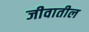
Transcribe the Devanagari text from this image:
जीवातील